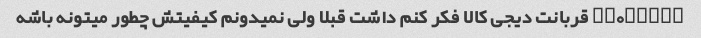
@sh0beir قربانت دیجی کالا فکر کنم داشت قبلا ولی نمیدونم کیفیتش چطور میتونه باشه